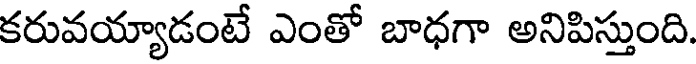
కరువయ్యాడంటే ఎంతో బాధగా అనిపిస్తుంది.